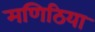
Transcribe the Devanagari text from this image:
मणिठिया